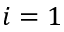
i = 1